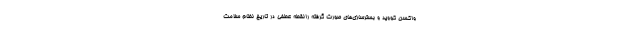
واکسن کووید و بسترسازی‌های صورت گرفته رانقطه عطفی در تاریخ نظام سلامت